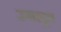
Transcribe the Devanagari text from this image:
उगलून